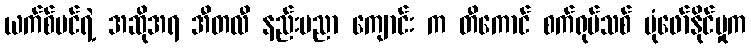
ယက်စ်မင်ရဲ့ အဆိုအရ အီတလီ နည်းပညာ ကျောင်း က တီကောင် စက်ရုပ်သစ် ပုံဖော်နိုင်မှုက